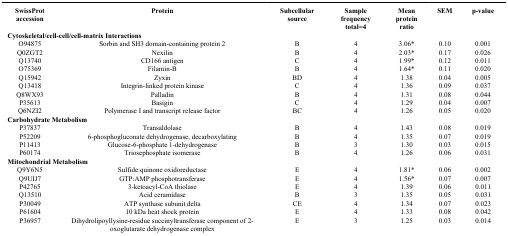
<table><thead><tr><td><b>SwissProt accession</b></td><td><b>Protein</b></td><td><b>Subcellular source</b></td><td><b>Sample frequency total=4</b></td><td><b>Mean protein ratio</b></td><td><b>SEM</b></td><td><b>p-value</b></td></tr></thead><tbody><tr><td colspan="7"><b>Cytoskeletal/cell-cell/cell-matrix Interactions</b></td></tr><tr><td>O94875</td><td>Sorbin and SH3 domain-containing protein 2</td><td>B</td><td>4</td><td>3.06*</td><td>0.10</td><td>0.001</td></tr><tr><td>Q0ZGT2</td><td>Nexilin</td><td>B</td><td>4</td><td>2.03*</td><td>0.17</td><td>0.026</td></tr><tr><td>Q13740</td><td>CD166 antigen</td><td>C</td><td>4</td><td>1.99*</td><td>0.12</td><td>0.011</td></tr><tr><td>O75369</td><td>Filamin-B</td><td>B</td><td>4</td><td>1.64*</td><td>0.11</td><td>0.020</td></tr><tr><td>Q15942</td><td>Zyxin</td><td>BD</td><td>4</td><td>1.38</td><td>0.04</td><td>0.005</td></tr><tr><td>Q13418</td><td>Integrin-linked protein kinase</td><td>C</td><td>4</td><td>1.36</td><td>0.09</td><td>0.037</td></tr><tr><td>Q8WX93</td><td>Palladin</td><td>B</td><td>4</td><td>1.31</td><td>0.08</td><td>0.044</td></tr><tr><td>P35613</td><td>Basigin</td><td>C</td><td>4</td><td>1.29</td><td>0.04</td><td>0.007</td></tr><tr><td>Q6NZI2</td><td>Polymerase I and transcript release factor</td><td>BC</td><td>4</td><td>1.26</td><td>0.05</td><td>0.020</td></tr><tr><td colspan="7"><b>Carbohydrate Metabolism</b></td></tr><tr><td>P37837</td><td>Transaldolase</td><td>B</td><td>4</td><td>1.43</td><td>0.08</td><td>0.019</td></tr><tr><td>P52209</td><td>6-phosphogluconate dehydrogenase, decarboxylating</td><td>B</td><td>4</td><td>1.35</td><td>0.07</td><td>0.019</td></tr><tr><td>P11413</td><td>Glucose-6-phosphate 1-dehydrogenase</td><td>B</td><td>3</td><td>1.30</td><td>0.03</td><td>0.015</td></tr><tr><td>P60174</td><td>Triosephosphate isomerase</td><td>B</td><td>4</td><td>1.26</td><td>0.06</td><td>0.031</td></tr><tr><td colspan="7"><b>Mitochondrial Metabolism</b></td></tr><tr><td>Q9Y6N5</td><td>Sulfide:quinone oxidoreductase</td><td>E</td><td>4</td><td>1.81*</td><td>0.06</td><td>0.002</td></tr><tr><td>Q9UIJ7</td><td>GTP:AMP phosphotransferase</td><td>E</td><td>4</td><td>1.56*</td><td>0.07</td><td>0.007</td></tr><tr><td>P42765</td><td>3-ketoacyl-CoA thiolase</td><td>E</td><td>4</td><td>1.39</td><td>0.06</td><td>0.011</td></tr><tr><td>Q13510</td><td>Acid ceramidase</td><td>B</td><td>3</td><td>1.35</td><td>0.05</td><td>0.031</td></tr><tr><td>P30049</td><td>ATP synthase subunit delta</td><td>CE</td><td>4</td><td>1.34</td><td>0.07</td><td>0.023</td></tr><tr><td>P61604</td><td>10 kDa heat shock protein</td><td>E</td><td>4</td><td>1.33</td><td>0.08</td><td>0.042</td></tr><tr><td>P36957</td><td>Dihydrolipoyllysine-residue succinyltransferase component of 2-oxoglutarate dehydrogenase complex</td><td>E</td><td>3</td><td>1.25</td><td>0.03</td><td>0.014</td></tr></tbody></table>